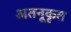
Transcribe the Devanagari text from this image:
अतनूकृत